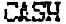
CASH